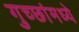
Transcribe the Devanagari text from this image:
गुच्छांमध्ये